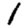
Digit: 1